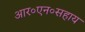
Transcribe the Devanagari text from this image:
आर०एन०सहाय